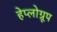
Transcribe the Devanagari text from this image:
हेप्लोग्रूप